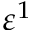
\varepsilon ^ { 1 }